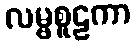
လမ္ဗစူဠကာ